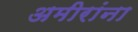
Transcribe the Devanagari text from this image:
अमीरांना